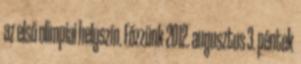
az első olimpiai helyszín. Főzzünk 2012. augusztus 3. péntek